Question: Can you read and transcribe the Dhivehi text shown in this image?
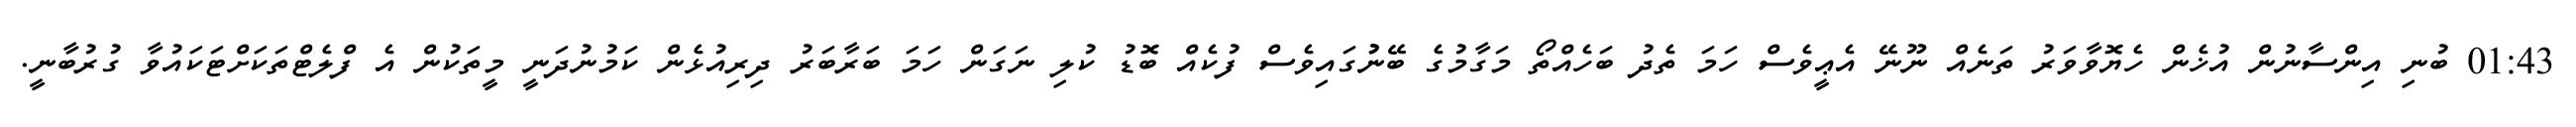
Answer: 01:43 ބުނި އިންސާނުން އުޚެން ހެޔޮވާވަރު ތަނެއް ނޫނޭ އެޢީވެސް ހަމަ ތެދު ބަހެއްތޯ މަގާމުގެ ބޭނުުގައިވެސް ފުކެއް ބޮޑު ކުލި ނަގަން ހަމަ ބަރާބަރު ދިރިއުޅެން ކަމުނުދަނީ މީތަކުން އެ ފްލެޓްތަކަށްޓަކައުވާ ގުރުބާނީ.